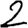
Digit: 2